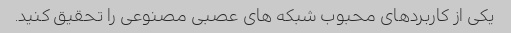
یکی از کاربردهای محبوب شبکه های عصبی مصنوعی را تحقیق کنید.